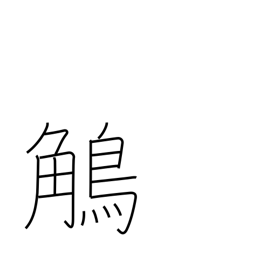
Meaning: grosbeak